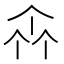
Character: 𠁭